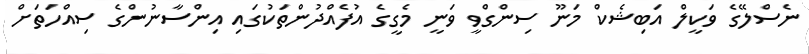
ނެސްލޭގެ ވަކީލް އަބިޝެކް މަނޫ ސިންގްވީ ވަނީ މެގީގެ އުފެއްދުންތަކުގައި އިންސާނުންގެ ސިއްހަތަށް